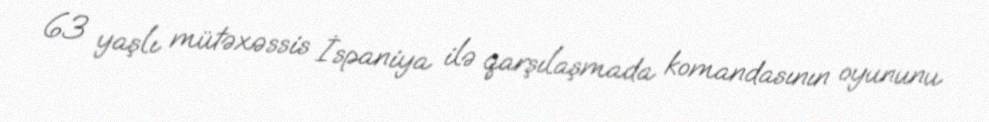
63 yaşlı mütəxəssis İspaniya ilə qarşılaşmada komandasının oyununu